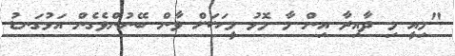
"މިއީ މި ދާއިރާ އިން މާ މޮޅު މީހަކަށް ވާން ބޭނުންވެގެން އަޅުގަނޑު